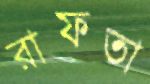
রাফতা